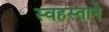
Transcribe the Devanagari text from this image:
स्वहस्ताने